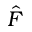
\hat { F }